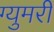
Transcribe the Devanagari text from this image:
ग्युमरी